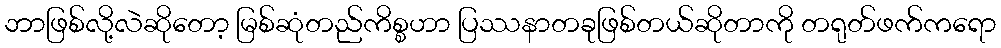
ဘာဖြစ်လို့လဲဆိုတော့ မြစ်ဆုံတည်ကိစ္စဟာ ပြဿနာတခုဖြစ်တယ်ဆိုတာကို တရုတ်ဖက်ကရော